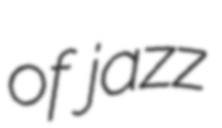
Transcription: of jazz